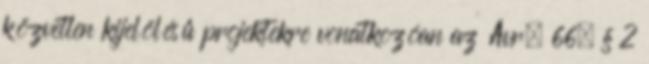
közvetlen kijelölésű projektekre vonatkozóan az Ávr. 66. § 2